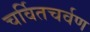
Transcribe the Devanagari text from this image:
चर्वितचर्वण